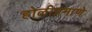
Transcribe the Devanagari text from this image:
होळीप्रमाणे